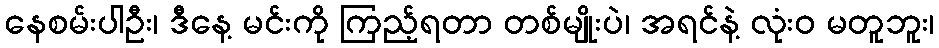
နေစမ်းပါဦး၊ ဒီနေ့ မင်းကို ကြည့်ရတာ တစ်မျိုးပဲ၊ အရင်နဲ့ လုံးဝ မတူဘူး၊